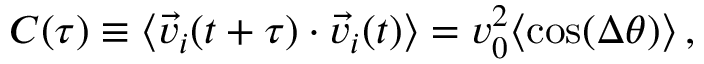
C ( \tau ) \equiv \langle \vec { v } _ { i } ( t + \tau ) \cdot \vec { v } _ { i } ( t ) \rangle = v _ { 0 } ^ { 2 } \langle \mathrm { c o s } ( \Delta \theta ) \rangle \, ,